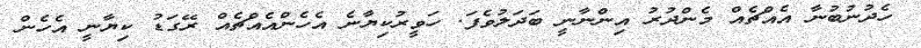
ހެދުނުބުނާ އެއްޗެއް މެންދުރު އިންނާނީ ބަދަލުވެފަ. ހަވީރުކިޔާނެ އެހެންއެއްޗެއް ރޭގަޑު ކިޔާނީ އެހެން